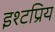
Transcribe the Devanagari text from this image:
इश्टप्रिय